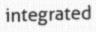
integrated